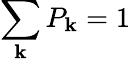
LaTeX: \sum_{\mathbf{k}}{P_{\mathbf{k}}=1}